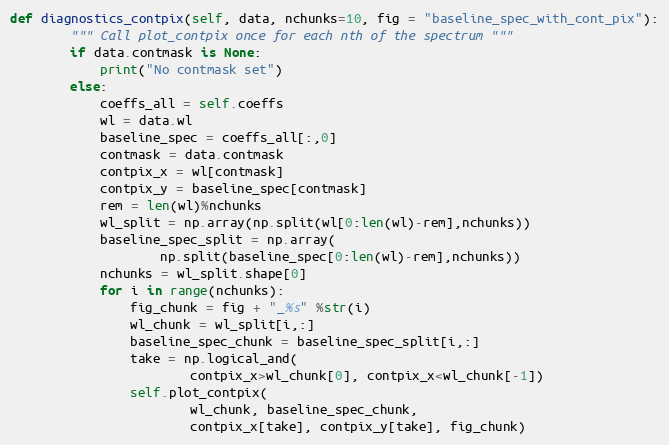
Language: Python
def diagnostics_contpix(self, data, nchunks=10, fig = "baseline_spec_with_cont_pix"):
        """ Call plot_contpix once for each nth of the spectrum """
        if data.contmask is None:
            print("No contmask set")
        else:
            coeffs_all = self.coeffs
            wl = data.wl
            baseline_spec = coeffs_all[:,0]
            contmask = data.contmask
            contpix_x = wl[contmask]
            contpix_y = baseline_spec[contmask]
            rem = len(wl)%nchunks
            wl_split = np.array(np.split(wl[0:len(wl)-rem],nchunks))
            baseline_spec_split = np.array(
                    np.split(baseline_spec[0:len(wl)-rem],nchunks))
            nchunks = wl_split.shape[0]
            for i in range(nchunks):
                fig_chunk = fig + "_%s" %str(i)
                wl_chunk = wl_split[i,:]
                baseline_spec_chunk = baseline_spec_split[i,:]
                take = np.logical_and(
                        contpix_x>wl_chunk[0], contpix_x<wl_chunk[-1])
                self.plot_contpix(
                        wl_chunk, baseline_spec_chunk,
                        contpix_x[take], contpix_y[take], fig_chunk)